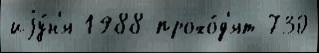
иjу́н'я 1988 прохо́д'ят 730